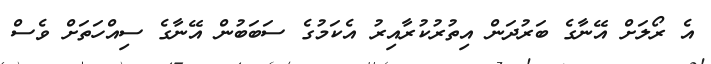
އެ ރޯލަށް އޭނާގެ ބަރުދަން އިތުރުކުރާއިރު އެކަމުގެ ސަބަބުން އޭނާގެ ސިއްހަތަށް ވެސް